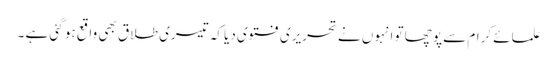
علمائے کرام سے پوچھا تو انہوں نے تحریری فتوی دیا کہ تیسری طلاق بھی واقع ہو گئی ہے ۔